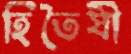
হিতৈষী